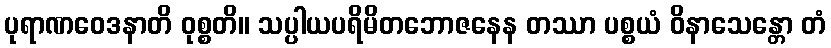
ပုရာဏဝေဒနာတိ ဝုစ္စတိ။ သပ္ပါယပရိမိတဘောဇနေန တဿာ ပစ္စယံ ဝိနာသေန္တော တံ